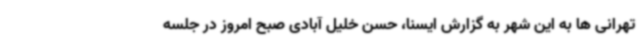
تهرانی ها به این شهر به گزارش ایسنا، حسن خلیل آبادی صبح امروز در جلسه